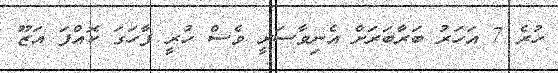
ހުރެ 7 އަހަރު ބަރާބަރަށް އެނިވާސަރީ ވެސް ހުރީ ފާހަގަ ކޮއްފަ އަޒޫ